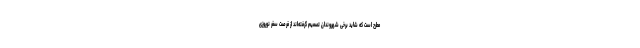
مطرح است که شاید برخی شهروندان تصمیم گرفته‌اند از فرصت سفر نوروزی